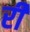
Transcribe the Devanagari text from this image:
रीं